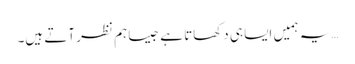
…یہ ہمیں ایسا ہی دکھاتا ہے جیسا ہم نظر آتے ہیں۔